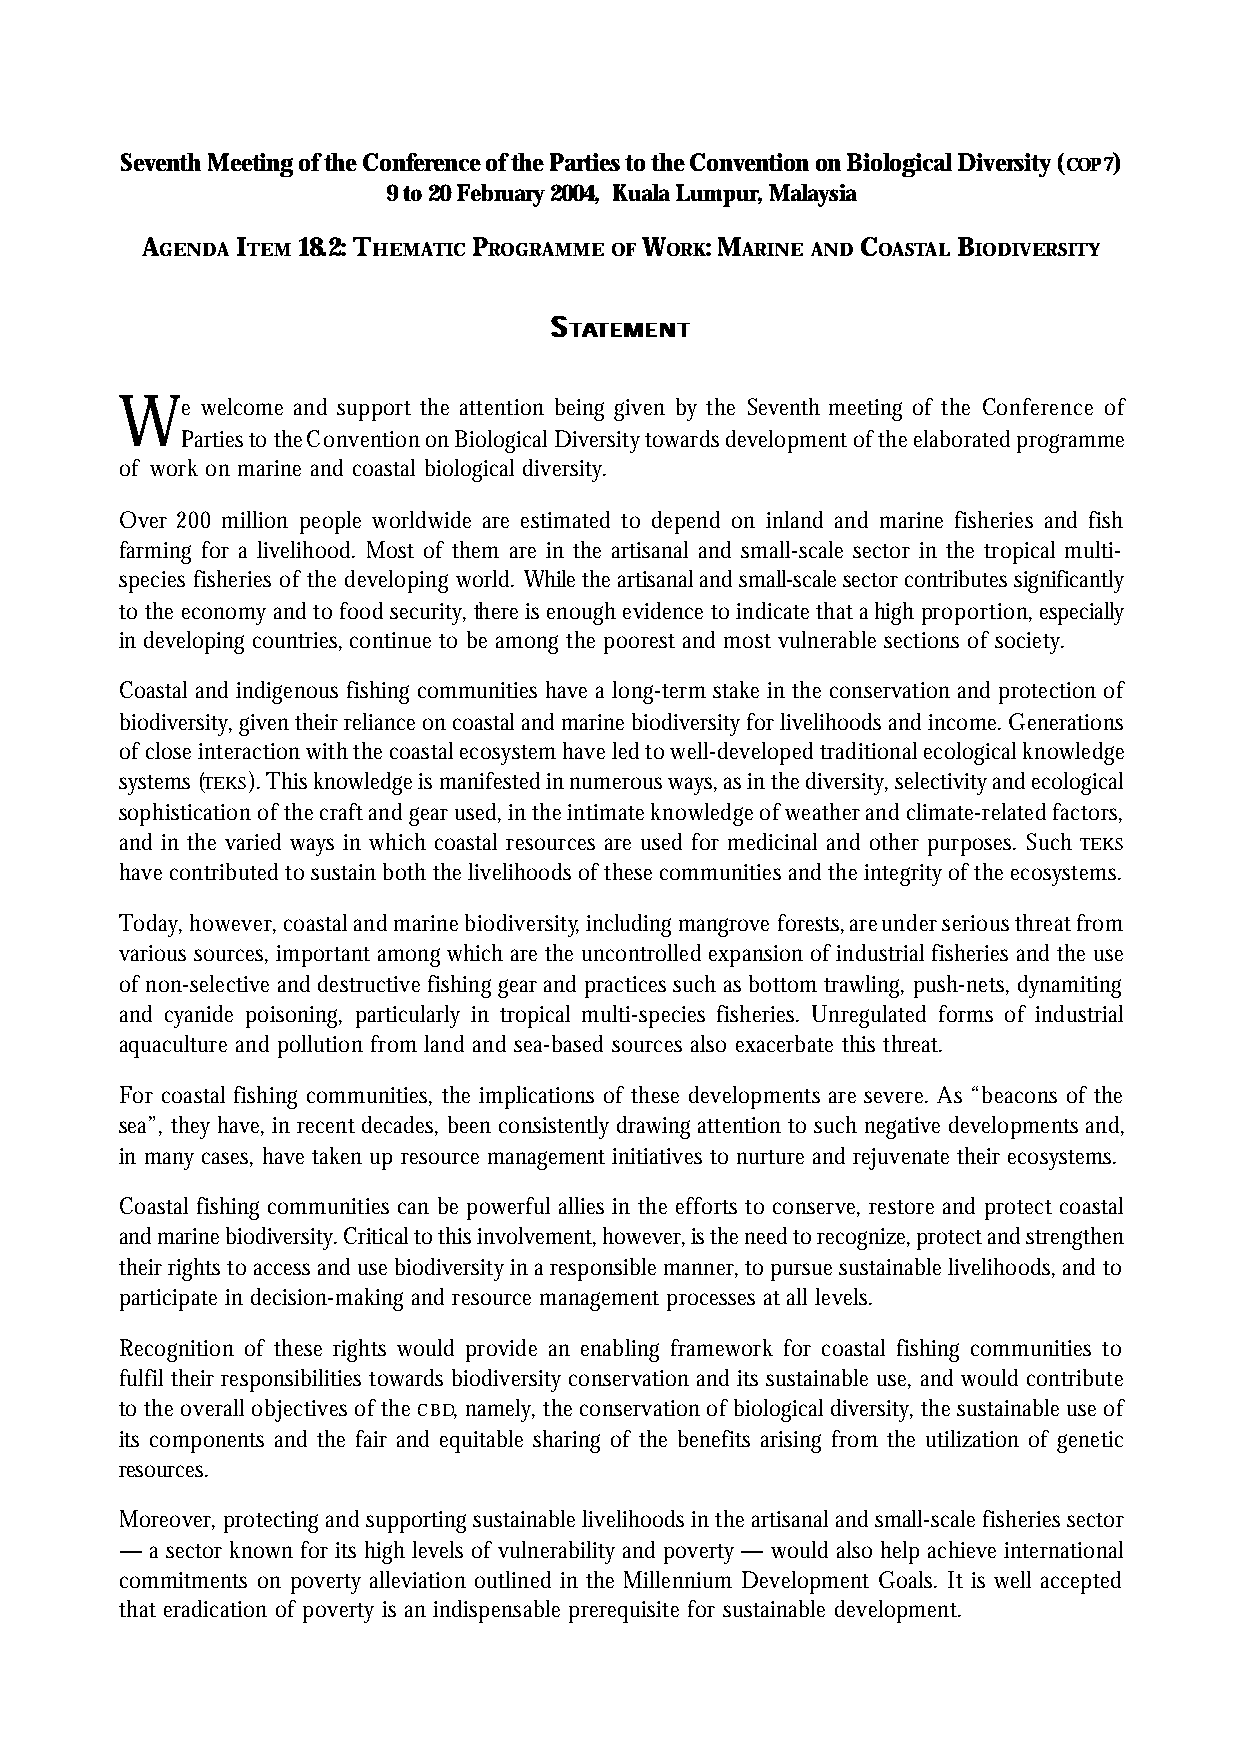
Seventh Meeting of the Conference of the Parties to the Convention on Biological Diversity (COP7)
 9 to 20 February 2004, Kuala Lumpur, Malaysia
 AGENDA ITEM 18.2: THEMATIC PROGRAMME OF WORK: MARINE AND COASTAL BIODIVERSITY
 SS
 TTAATTEEMMEENNTT
 We   welcome and support the attention being given by the Seventh meeting of the Conference of
 Parties to the Convention on Biological Diversity towards development of the elaborated programme
 of work on marine and coastal biological diversity.
 Over 200 million people worldwide are estimated to depend on inland and marine fisheries and fish
 farming for a livelihood. Most of them are in the artisanal and small-scale sector in the tropical multi-
 species fisheries of the developing world. While the artisanal and small-scale sector contributes significantly
 to the economy and to food security, there is enough evidence to indicate that a high proportion, especially
 in developing countries, continue to be among the poorest and most vulnerable sections of society.
 Coastal and indigenous fishing communities have a long-term stake in the conservation and protection of
 biodiversity, given their reliance on coastal and marine biodiversity for livelihoods and income. Generations
 of close interaction with the coastal ecosystem have led to well-developed traditional ecological knowledge
 systems (TEKS). This knowledge is manifested in numerous ways, as in the diversity, selectivity and ecological
 sophistication of the craft and gear used, in the intimate knowledge of weather and climate-related factors,
 and in the varied ways in which coastal resources are used for medicinal and other purposes. Such TEKS
 have contributed to sustain both the livelihoods of these communities and the integrity of the ecosystems.
 Today, however, coastal and marine biodiversity, including mangrove forests, are under serious threat from
 various sources, important among which are the uncontrolled expansion of industrial fisheries and the use
 of non-selective and destructive fishing gear and practices such as bottom trawling, push-nets, dynamiting
 and cyanide poisoning, particularly in tropical multi-species fisheries. Unregulated forms of industrial
 aquaculture and pollution from land and sea-based sources also exacerbate this threat.
 For coastal fishing communities, the implications of these developments are severe. As “beacons of the
 sea”, they have, in recent decades, been consistently drawing attention to such negative developments and,
 in many cases, have taken up resource management initiatives to nurture and rejuvenate their ecosystems.
 Coastal fishing communities can be powerful allies in the efforts to conserve, restore and protect coastal
 and marine biodiversity. Critical to this involvement, however, is the need to recognize, protect and strengthen
 their rights to access and use biodiversity in a responsible manner, to pursue sustainable livelihoods, and to
 participate in decision-making and resource management processes at all levels.
 Recognition of these rights would provide an enabling framework for coastal fishing communities to
 fulfil their responsibilities towards biodiversity conservation and its sustainable use, and would contribute
 to the overall objectives of the CBD, namely, the conservation of biological diversity, the sustainable use of
 its components and the fair and equitable sharing of the benefits arising from the utilization of genetic
 resources.
 Moreover, protecting and supporting sustainable livelihoods in the artisanal and small-scale fisheries sector
 — a sector known for its high levels of vulnerability and poverty — would also help achieve international
 commitments on poverty alleviation outlined in the Millennium Development Goals. It is well accepted
 that eradication of poverty is an indispensable prerequisite for sustainable development.